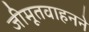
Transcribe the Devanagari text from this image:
जीमूतवाहनने